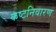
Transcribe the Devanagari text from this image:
कष्टनिवारण